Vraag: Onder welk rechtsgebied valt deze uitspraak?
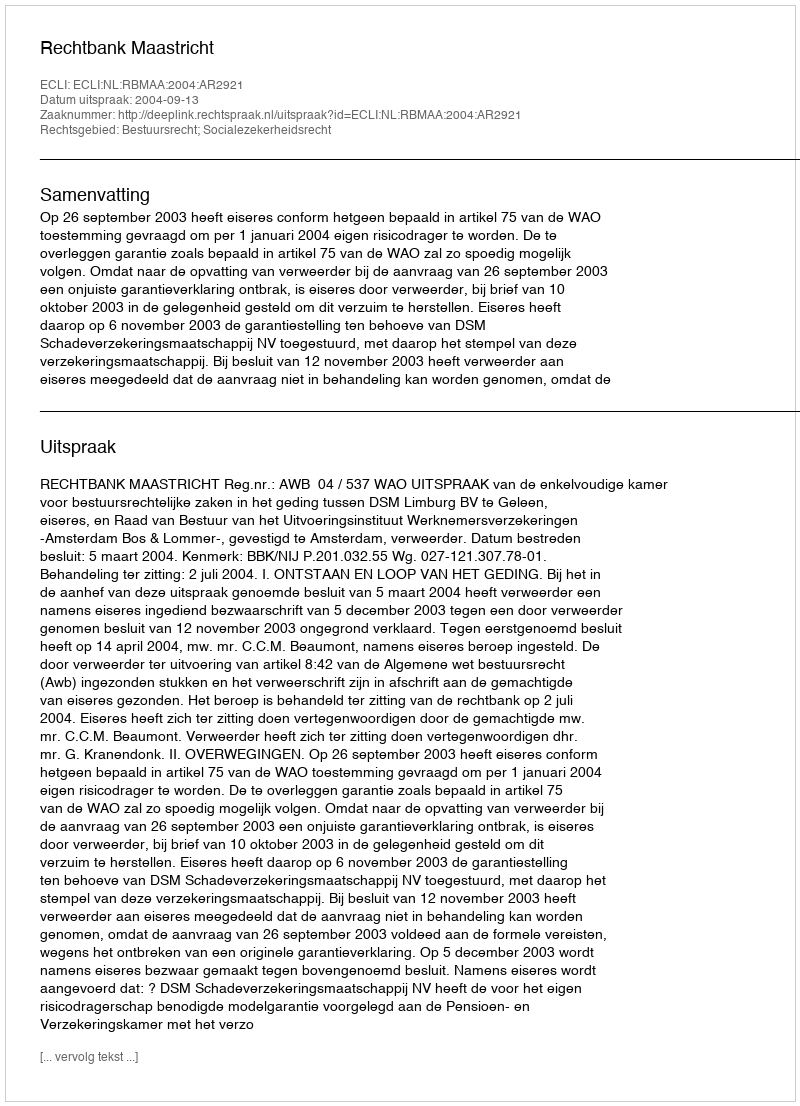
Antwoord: Bestuursrecht; Socialezekerheidsrecht